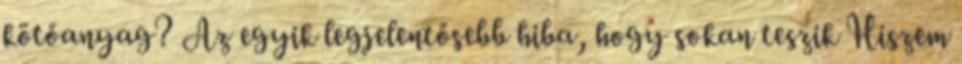
kötőanyag? Az egyik legjelentősebb hiba, hogy sokan teszik Hiszem